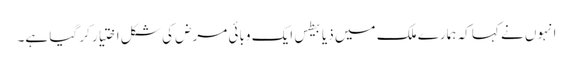
انہوں نے کہا کہ ہمارے ملک میں ذیابیطس ایک وبائی مرض کی شکل اختیار کر گیا ہے۔